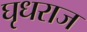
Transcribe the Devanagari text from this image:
घृधराज